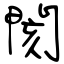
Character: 閡